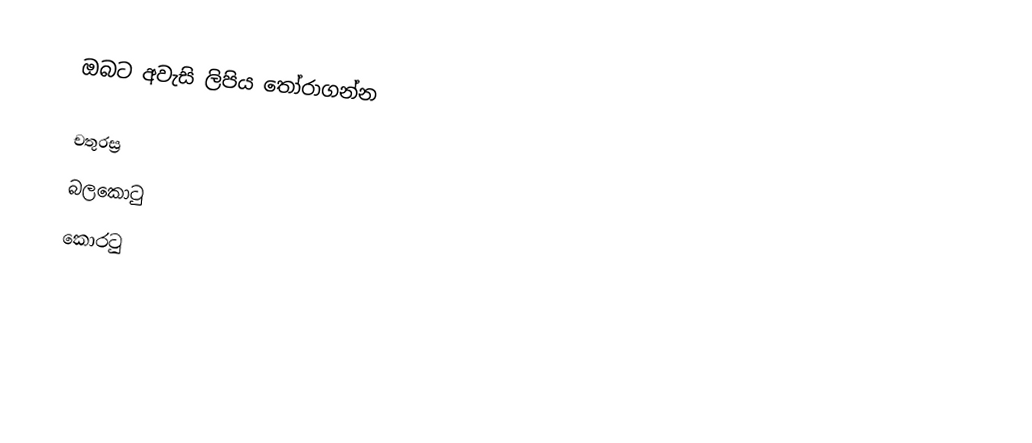
ඔබට අවැසි ලිපිය තෝරාගන්න

 චතුරස්‍ර
 බලකොටු
 කොරටු